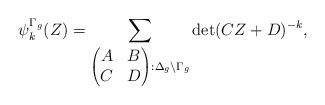
LaTeX: \begin{align*}\psi_k^{\Gamma_g}(Z)= \sum_{\begin{pmatrix}A&B\\C&D\end{pmatrix}:\Delta_g\backslash \Gamma_g} \det( CZ + D) ^{-k}, \end{align*}